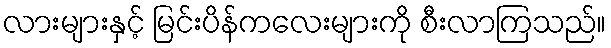
လားများနှင့် မြင်းပိန်ကလေးများကို စီးလာကြသည်။